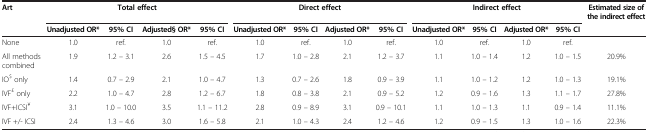
<table><thead><tr><td><b>Art</b></td><td colspan="4"><b>Total effect</b></td><td colspan="4"><b>Direct effect</b></td><td colspan="4"><b>Indirect effect</b></td><td><b>Estimated size of the indirect effect</b></td></tr><tr><td>[EMPTY_CELL]</td><td><b>Unadjusted OR*</b></td><td><b>95% CI</b></td><td><b>Adjusted§ OR*</b></td><td><b>95% CI</b></td><td><b>Unadjusted OR*</b></td><td><b>95% CI</b></td><td><b>Adjusted OR*</b></td><td><b>95% CI</b></td><td><b>Unadjusted OR*</b></td><td><b>95% CI</b></td><td><b>Adjusted OR*</b></td><td><b>95% CI</b></td><td>[EMPTY_CELL]</td></tr></thead><tbody><tr><td>None</td><td>1.0</td><td>ref.</td><td>1.0</td><td>ref.</td><td>1.0</td><td>ref.</td><td>1.0</td><td>ref.</td><td>1.0</td><td>ref.</td><td>1.0</td><td>ref.</td><td>[EMPTY_CELL]</td></tr><tr><td>All methods combined</td><td>1.9</td><td>1.2 – 3.1</td><td>2.6</td><td>1.5 – 4.5</td><td>1.7</td><td>1.0 – 2.8</td><td>2.1</td><td>1.2 – 3.7</td><td>1.1</td><td>1.0 – 1.4</td><td>1.2</td><td>1.0 – 1.5</td><td>20.9%</td></tr><tr><td>IO<sup>$</sup> only</td><td>1.4</td><td>0.7 – 2.9</td><td>2.1</td><td>1.0 – 4.7</td><td>1.3</td><td>0.7 – 2.6</td><td>1.8</td><td>0.9 – 3.9</td><td>1.1</td><td>1.0 – 1.2</td><td>1.2</td><td>1.0 – 1.3</td><td>19.1%</td></tr><tr><td>IVF<sup>£</sup> only</td><td>2.2</td><td>1.0 – 4.7</td><td>2.8</td><td>1.2 – 6.7</td><td>1.8</td><td>0.8 – 3.8</td><td>2.1</td><td>0.9 – 5.2</td><td>1.2</td><td>0.9 – 1.6</td><td>1.3</td><td>1.1 – 1.7</td><td>27.8%</td></tr><tr><td>IVF+ICSI<sup>¥</sup></td><td>3.1</td><td>1.0 – 10.0</td><td>3.5</td><td>1.1 – 11.2</td><td>2.8</td><td>0.9 – 8.9</td><td>3.1</td><td>0.9 – 10.1</td><td>1.1</td><td>1.0 – 1.3</td><td>1.1</td><td>0.9 – 1.4</td><td>11.1%</td></tr><tr><td>IVF +/- ICSI</td><td>2.4</td><td>1.3 – 4.6</td><td>3.0</td><td>1.6 – 5.8</td><td>2.1</td><td>1.0 – 4.3</td><td>2.4</td><td>1.2 – 4.6</td><td>1.2</td><td>0.9 – 1.5</td><td>1.3</td><td>1.0 – 1.6</td><td>22.3%</td></tr></tbody></table>